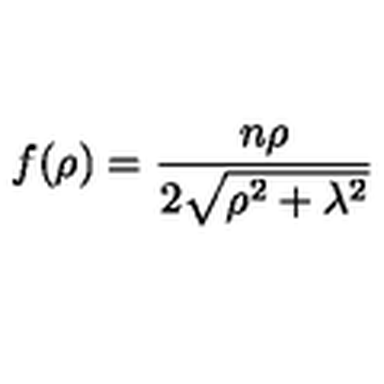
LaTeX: f ( \rho ) = { \frac { n \rho } { 2 \sqrt { \rho ^ { 2 } + \lambda ^ { 2 } } } }